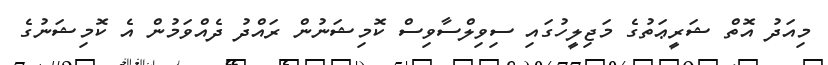
މިއަދު އޮތް ޝަރީޢަތުގެ މަޖިލީހުގައި ސިވިލްސާވިސް ކޮމިޝަނުން ރައްދު ދެއްވަމުން އެ ކޮމިޝަނުގެ